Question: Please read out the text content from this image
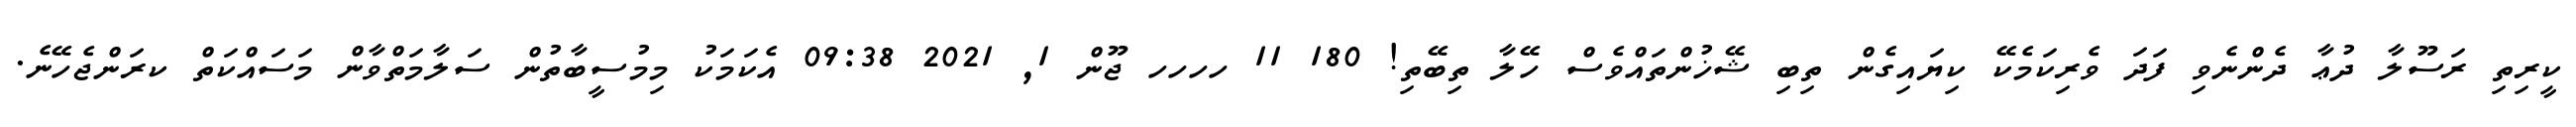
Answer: ކީރިތި ރަސޫލާ ދުޢާ ދެންނެވި ފަދަ ވެރިކަމެކޭ ކިޔައިގެން ތިބި ޝޭޚުންތައްވެސް ހޭލާ ތިބޭތި! 180 11 ހހހހ ޖޫން 1, 2021 09:38 އެކަމަކު މިމުސީބާތުން ސަލާމަތްވާން މަސައްކަތް ކރަންޖެހޭނެ.